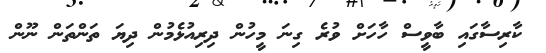
ކާރިސާގައި ބާވީސް ހާހަށް ވުރެ ގިނަ މީހުން ދިރިއުޅެމުން ދިޔަ ތަންތަން ނޫން